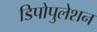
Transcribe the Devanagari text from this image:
डिपोपुलेशन